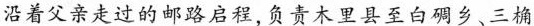
沿着父亲走过的邮路启程，负责木里县至白碉乡、三桷